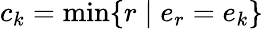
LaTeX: c_{k}=\operatorname*{min}\{ r\mid e_{r}=e_{k}\}